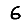
Digit: 6